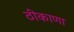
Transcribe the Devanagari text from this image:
ठीकाणा